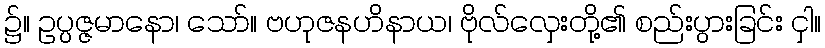
၌။ ဥပ္ပဇ္ဇမာနော၊ သော်။ ဗဟုဇနဟိနာယ၊ ဗိုလ်လှေးတို့၏ စည်းပွားခြင်း ငှါ။